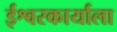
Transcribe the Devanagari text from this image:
ईश्वरकार्याला